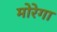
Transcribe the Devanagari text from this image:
मोरेगा